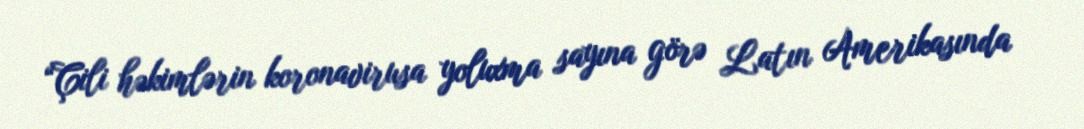
“Çili həkimlərin koronavirusa yoluxma sayına görə Latın Amerikasında